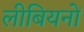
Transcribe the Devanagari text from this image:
लीबियनों